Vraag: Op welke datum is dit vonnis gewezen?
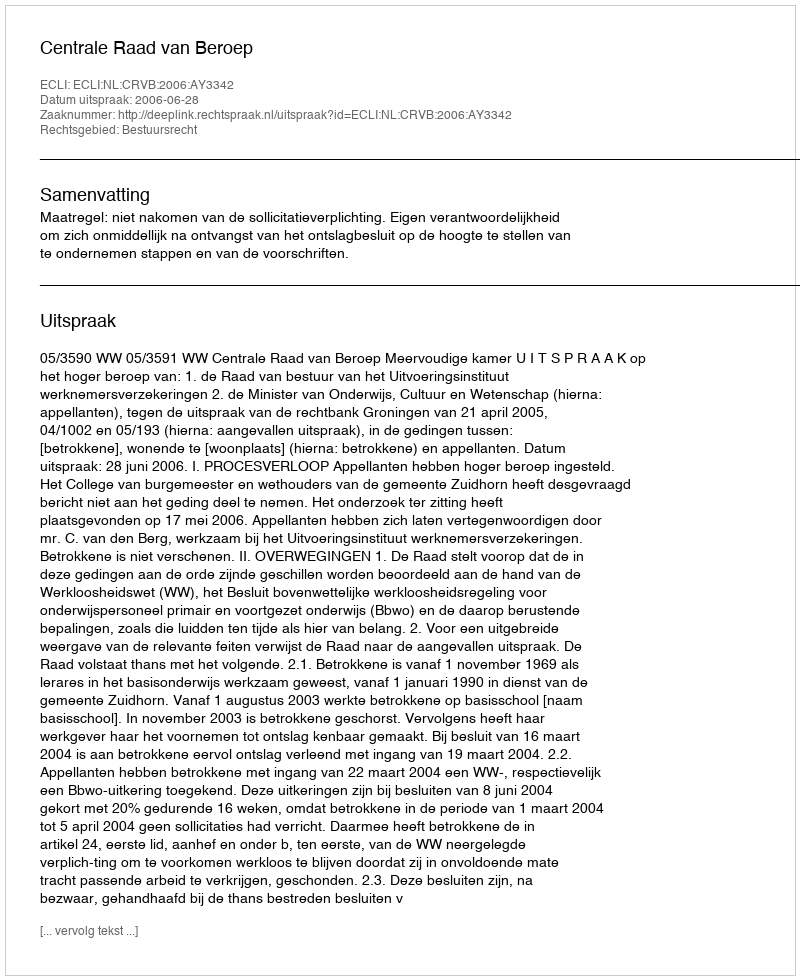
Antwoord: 2006-06-28